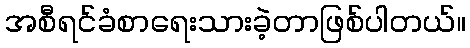
အစီရင်ခံစာရေးသားခဲ့တာဖြစ်ပါတယ်။